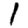
Digit: 1